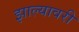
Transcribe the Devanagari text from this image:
झाल्यावरी